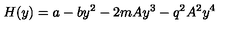
H ( y ) = a - b y ^ { 2 } - 2 m A y ^ { 3 } - q ^ { 2 } A ^ { 2 } y ^ { 4 }